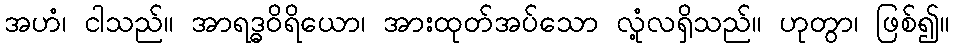
အဟံ၊ ငါသည်။ အာရဒ္ဓဝိရိယော၊ အားထုတ်အပ်သော လုံ့လရှိသည်။ ဟုတွာ၊ ဖြစ်၍။